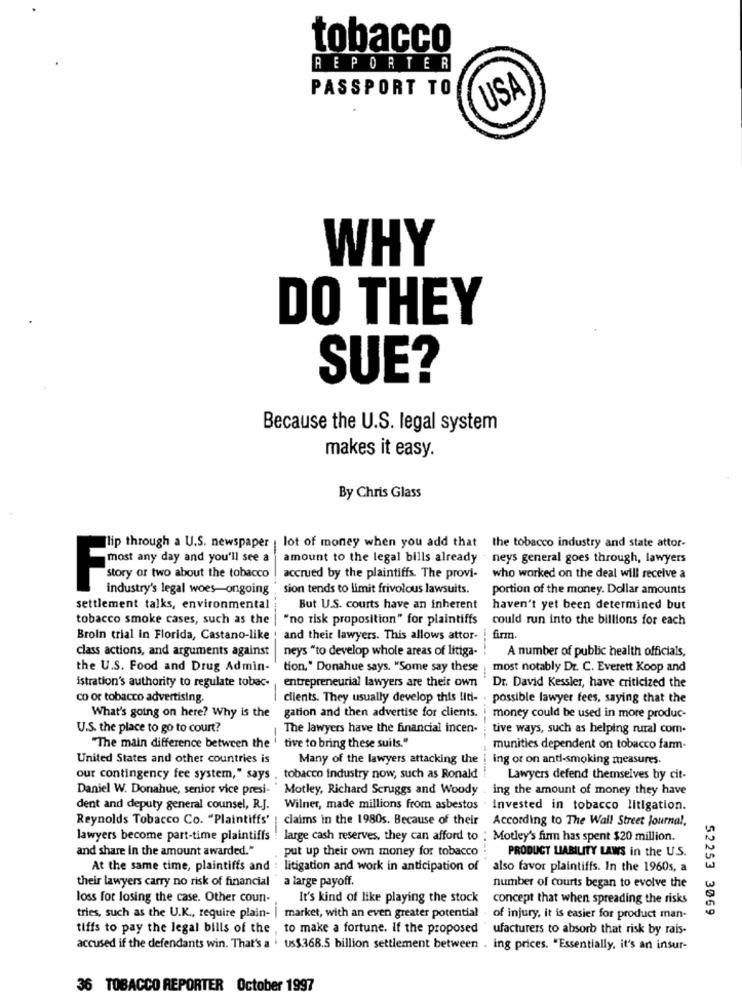
tobacco
REPORTER
PASSPORT TO
USA
WHY
DO THEY
SUE?
Because the U.S. legal system
makes it easy.
By Chris Glass
lip through a U.S. newspaper | lot of money when you add that the tobacco industry and state attor-
amount to the legal bills already . neys general goes through, lawyers
most any day and you'll see a
story of two about the tobacco
accrued by the plaintiffs. The provi-
who worked on the deal will receive a
F
industry's legal woes-ongoing
sion tends to limit frivolous lawsuits.
portion of the money. Dollar amounts
settlement talks, environmental
But U.S. courts have an inherent
haven't yet been determined but
tobacco smoke cases, such as the
"no risk proposition" for plaintiffs
could run into the billions for each
Broin trial in Florida, Castano-like
and their lawyers. This allows attor-
firm
class actions, and arguments against
neys "to develop whole areas of litiga-
A number of public health officials,
the U.S. Food and Drug Admin-
tion," Donahue says. "Some say these
most notably Dr. C. Everett Koop and
istration's authority to regulate tobac-
entrepreneurial lawyers are their own
Dr. David Kessler, have criticized the
co or tobacco advertising.
clients. They usually develop this liti- . possible lawyer fees, saying that the
gation and then advertise for clients.
What's going on here? Why is the
money could be used in more produc-
U.S. the place to go to court?
The lawyers have the financial incen-
tive ways, such as helping rural com.
"The main difference between the
tive to bring these suits."
munities dependent on tobacco farm-
United States and other countries is
Many of the lawyers attacking the
ing or on anti-smoking measures.
our contingency fee system," says , tobacco industry now, such as Ronald
Lawyers defend themselves by cit-
Daniel W. Donahue, senior vice presi- " Motley, Richard Scruggs and Woody
ing the amount of money they have
dent and deputy general counsel, R.J.
Wilner, made millions from asbestos . invested in tobacco litigation.
Reynolds Tobacco Co. "Plaintiffs'
claims in the 1980s. Because of their
According to The Wall Street Journal,
lawyers become part-time plaintiffs
large cash reserves, they can afford to : Motley's fin has spent $20 million.
and share in the amount awarded."
put up their own money for tobacco
PRODUCT LIABILITY LAWS in the U.S.
At the same time, plaintiffs and : litigation and work in anticipation of
also favor plaintiffs. In the 1960s, a
their lawyers carry no risk of financial "a large payoff.
number of courts began to evolve the
loss for losing the case. Other coun-
It's kind of like playing the stock
concept that when spreading the risks
52253 3069
tries, such as the U.K ., require plain- | market, with an even greater potential
of injury, it is easier for product man-
tiffs to pay the legal bills of the , to make a fortune. if the proposed "ufacturers to absorb that risk by rais-
accused if the defendants win. That's a ' Us$368.5 billion settlement between . ing prices. "Essentially, it's an insur-
36 TOBACCO REPORTER October 1997